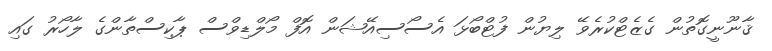
ޤާނޫނީގޮތުން ގެޒެޓްކުރެވޭ ލިޔުން ފުޓްބޯޅަ އެސޯސިއޭޝަން އޮފް މޯލްޑިވްސް ޕާކިސްތާންގެ ލާހޯރު ގައި